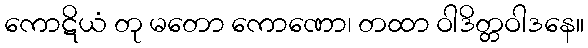
ကောဋိယံ တု မတော ကောဏော၊ တထာ ဝါဒိတ္တဝါဒနေ။